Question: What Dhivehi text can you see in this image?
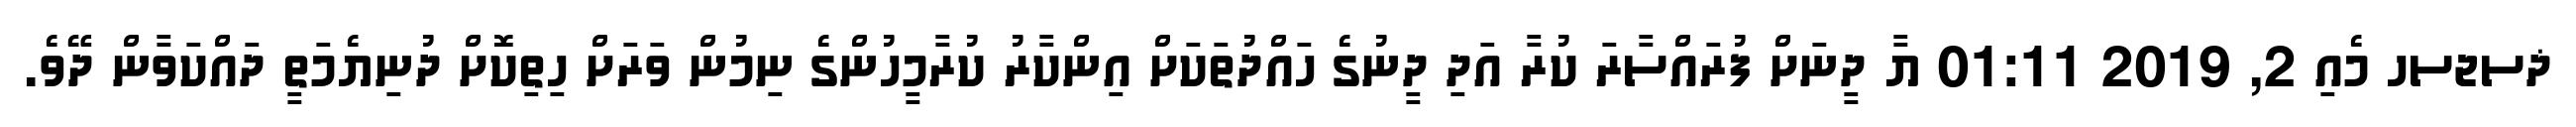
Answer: ޛސޖސހ މެއި 2, 2019 01:11 ޔާ ދީނަށް ފުރައްސާރަ ކުރާ އަދި ދީނުގެ ހައްދުތަކަށް އިންކާރު ކުރާމީހުންގެ ނިމުން ވަރަށް ހިތިކޮށް ދުނިޔެމަތީ ދައްކަވާން ދޭވެ.